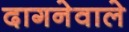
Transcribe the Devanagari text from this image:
दागनेवाले